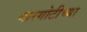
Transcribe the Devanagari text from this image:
गारगोटीच्या